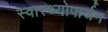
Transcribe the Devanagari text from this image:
स्वास्थ्योपार्जन